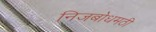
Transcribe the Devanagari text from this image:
निजबोधमठी